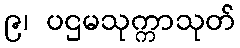
၉၊ ပဌမသုက္ကာသုတ်